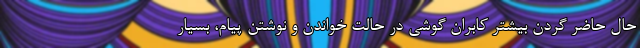
حال حاضر گردن بیشتر کابران گوشی در حالت خواندن و نوشتن پیام، بسیار